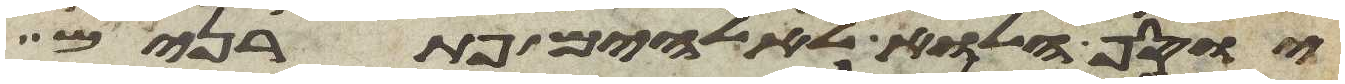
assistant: יוסף הלוא לאלהים פתרנים